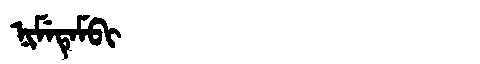
Manchu: ᠨᡳᠮᡝᡨᡝᠮᠪᡳ
Romanization: NIMETEMBI